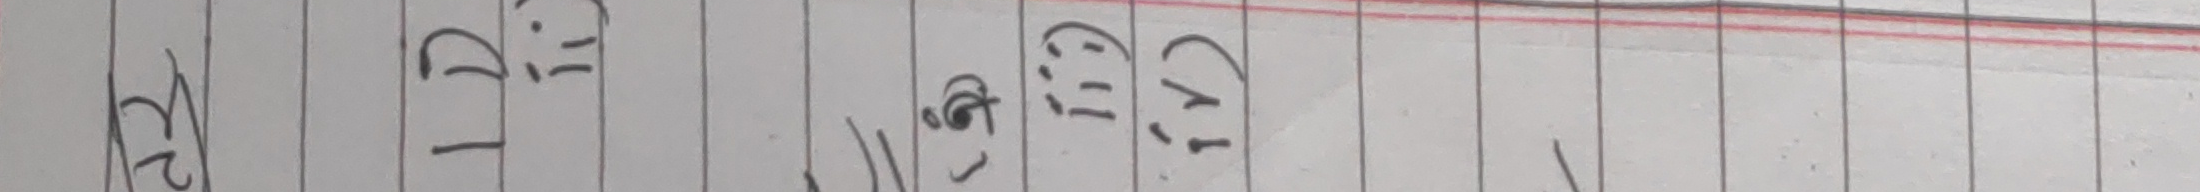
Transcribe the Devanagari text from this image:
१२ ८.टि ९.चि ८.चि.१